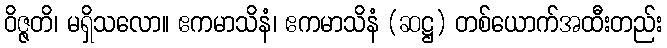
ဝိဇ္ဇတိ၊ မရှိသလော။ ဧကမာသိနံ၊ ဧကမာသိနံ (ဆဋ္ဌ) တစ်ယောက်အထီးတည်း